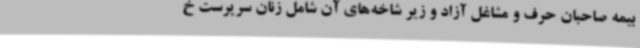
بیمه صاحبان حرف و مشاغل آزاد و زیر شاخه‌های آن شامل زنان سرپرست خ